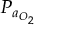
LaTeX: P _ { a _ { O _ { 2 } } }